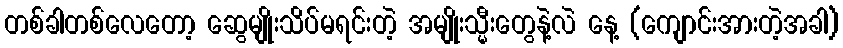
တစ်ခါတစ်လေတော့ ဆွေမျိုးသိပ်မရင်းတဲ့ အမျိုးသ္မီးတွေနဲ့လဲ နေ့ (ကျောင်းအားတဲ့အခါ)